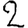
Digit: 2